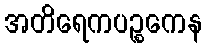
အတိရေကပဉ္စကေန